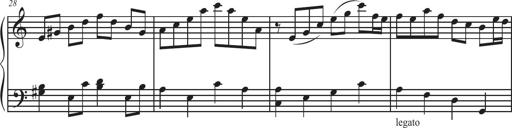
Title: Sonatina Espania
Composer: Jerald Franklin Archer
Key: Various